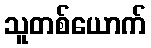
သူတစ်ယောက်